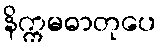
နိက္ကမဓာတုပေ